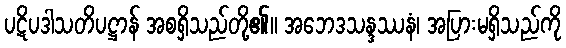
ပဋိပဒါသတိပဋ္ဌာန် အစရှိသည်တို့၏။ အဘေဒသန္ဒဿနံ၊ အပြားမရှိသည်ကို